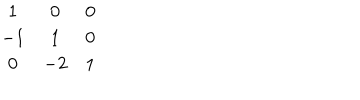
LaTeX: \begin{matrix} { { 1 } } & { { 0 } } & { { 0 } } \\ { { - 1 } } & { { 1 } } & { { 0 } } \\ { { 0 } } & { { - 2 } } & { { 1 } } \\ \end{matrix}